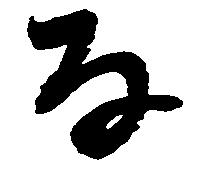
な